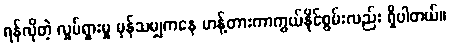
ရန်လိုတဲ့ လှုပ်ရှားမှု မှန်သမျှကနေ ဟန့်တားကာကွယ်နိုင်စွမ်းလည်း ရှိပါတယ်။